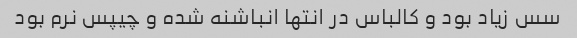
سس زیاد بود و کالباس در انتها انباشنه شده و چیپس نرم بود